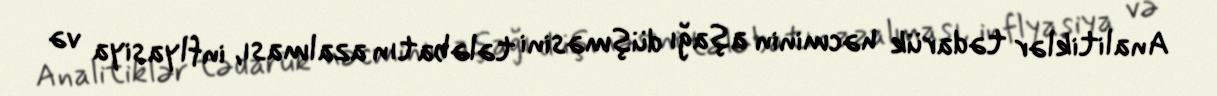
Analitiklər tədarük həcminin aşağı düşməsini tələbatın azalması, inflyasiya və